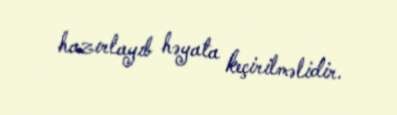
hazırlayıb həyata keçirilməlidir.